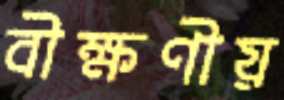
বীক্ষণীয়